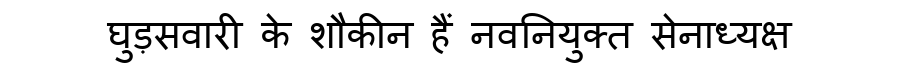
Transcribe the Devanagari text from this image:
घुड़सवारी के शौकीन हैं नवनियुक्त सेनाध्यक्ष